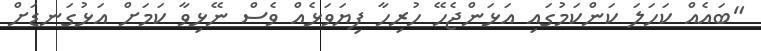
"ބައެއް ކަހަލަ ކަންކަމުގައި އަޅަންޖެހޭ ހުރިހާ ފިޔަވަޅެއް ވެސް ނޭޅިވާ ކަމަށް އަޅުގަނޑަށް